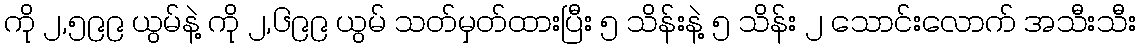
ကို ၂,၅၉၉ ယွမ်နဲ့ ကို ၂,၆၉၉ ယွမ် သတ်မှတ်ထားပြီး ၅ သိန်းနဲ့ ၅ သိန်း ၂ သောင်းလောက် အသီးသီး